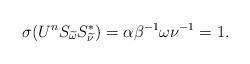
LaTeX: \begin{align*}\sigma(U^nS_{\widetilde\omega}S_{\widetilde\nu}^*) = \alpha\beta^{-1}\omega\nu^{-1} = 1.\end{align*}